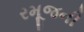
રમૂજની